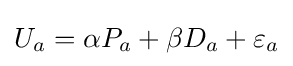
U_{a}=\alpha P_{a}+\beta D_{a}+\varepsilon _{a}